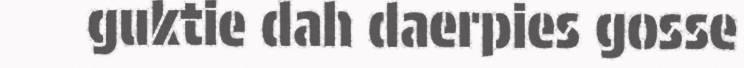
guktie dah daerpies gosse